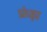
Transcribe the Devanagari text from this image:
फ्रंझ